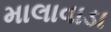
માલાવાડા